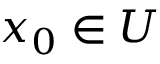
x _ { 0 } \in U